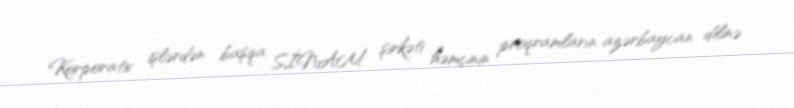
Korporativ işlərdən başqa SİNAM şirkəti həmçinin proqramların azərbaycan dilinə